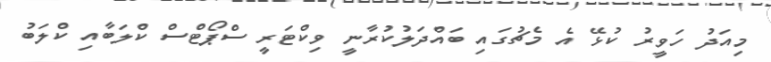
މިއަދު ހަވީރު ކުޅޭ އެ މެޗުގައި ބައްދަލުކުރާނީ ވިކްޓަރީ ސްޕޯޓްސް ކްލަބާއި ކްލަބު